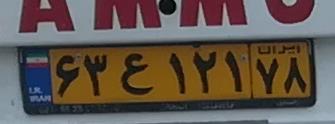
۶۳ع۱۲۱۷۸